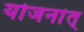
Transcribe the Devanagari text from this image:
योजनांत्‌